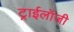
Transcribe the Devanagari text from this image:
ट्राईलॉजी